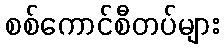
စစ်ကောင်စီတပ်များ